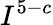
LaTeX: I^{5-c}